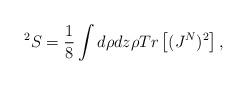
LaTeX: \begin{align*}^2S = \frac {1}{8}\int d\rho dz \rho Tr\left [(J^N)^2 \right],\end{align*}